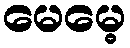
မေမေ့